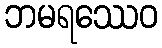
ဘမရဿေဝ